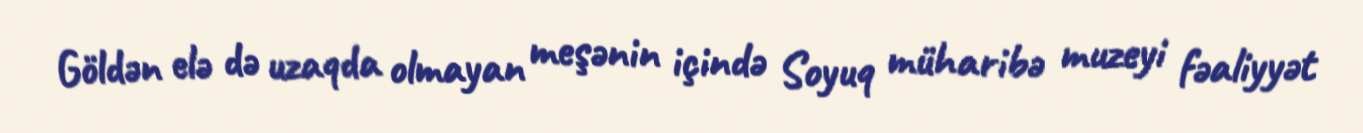
Göldən elə də uzaqda olmayan meşənin içində Soyuq müharibə muzeyi fəaliyyət